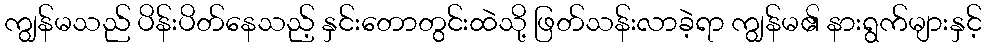
ကျွန်မသည် ပိန်းပိတ်နေသည့် နှင်းတောတွင်းထဲသို့ ဖြတ်သန်းလာခဲ့ရာ ကျွန်မ၏ နားရွက်များနှင့်